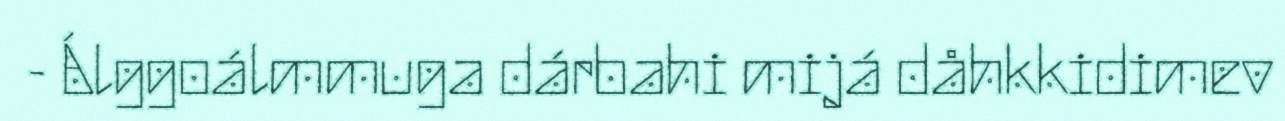
- Álggoálmmuga dárbahi mijá dåhkkidimev